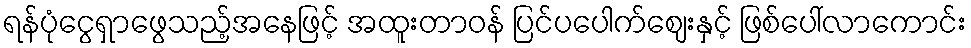
ရန်ပုံငွေရှာဖွေသည့်အနေဖြင့် အထူးတာဝန် ပြင်ပပေါက်ဈေးနှင့် ဖြစ်ပေါ်လာကောင်း